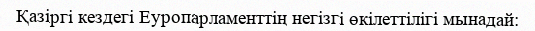
Қазіргі кездегі Еуропарламенттің негізгі өкілеттілігі мынадай: